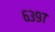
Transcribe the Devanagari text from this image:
६३९७